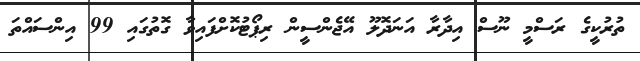
ތުރުކީގެ ރަސްމީ ނޫސް އިދާރާ އަނަދޮލޫ އޭޖެންސީން ރިޕޯޓުކޮށްފައިވާ ގޮތުގައި 99 އިންސައްތަ